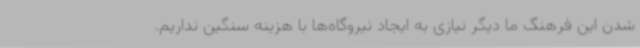
شدن این فرهنگ ما دیگر نیازی به ایجاد نیروگاه‌ها با هزینه سنگین نداریم.